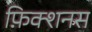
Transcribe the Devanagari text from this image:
फ़िक्शनस